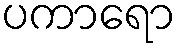
ပကာရော